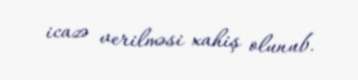
icazə verilməsi xahiş olunub.